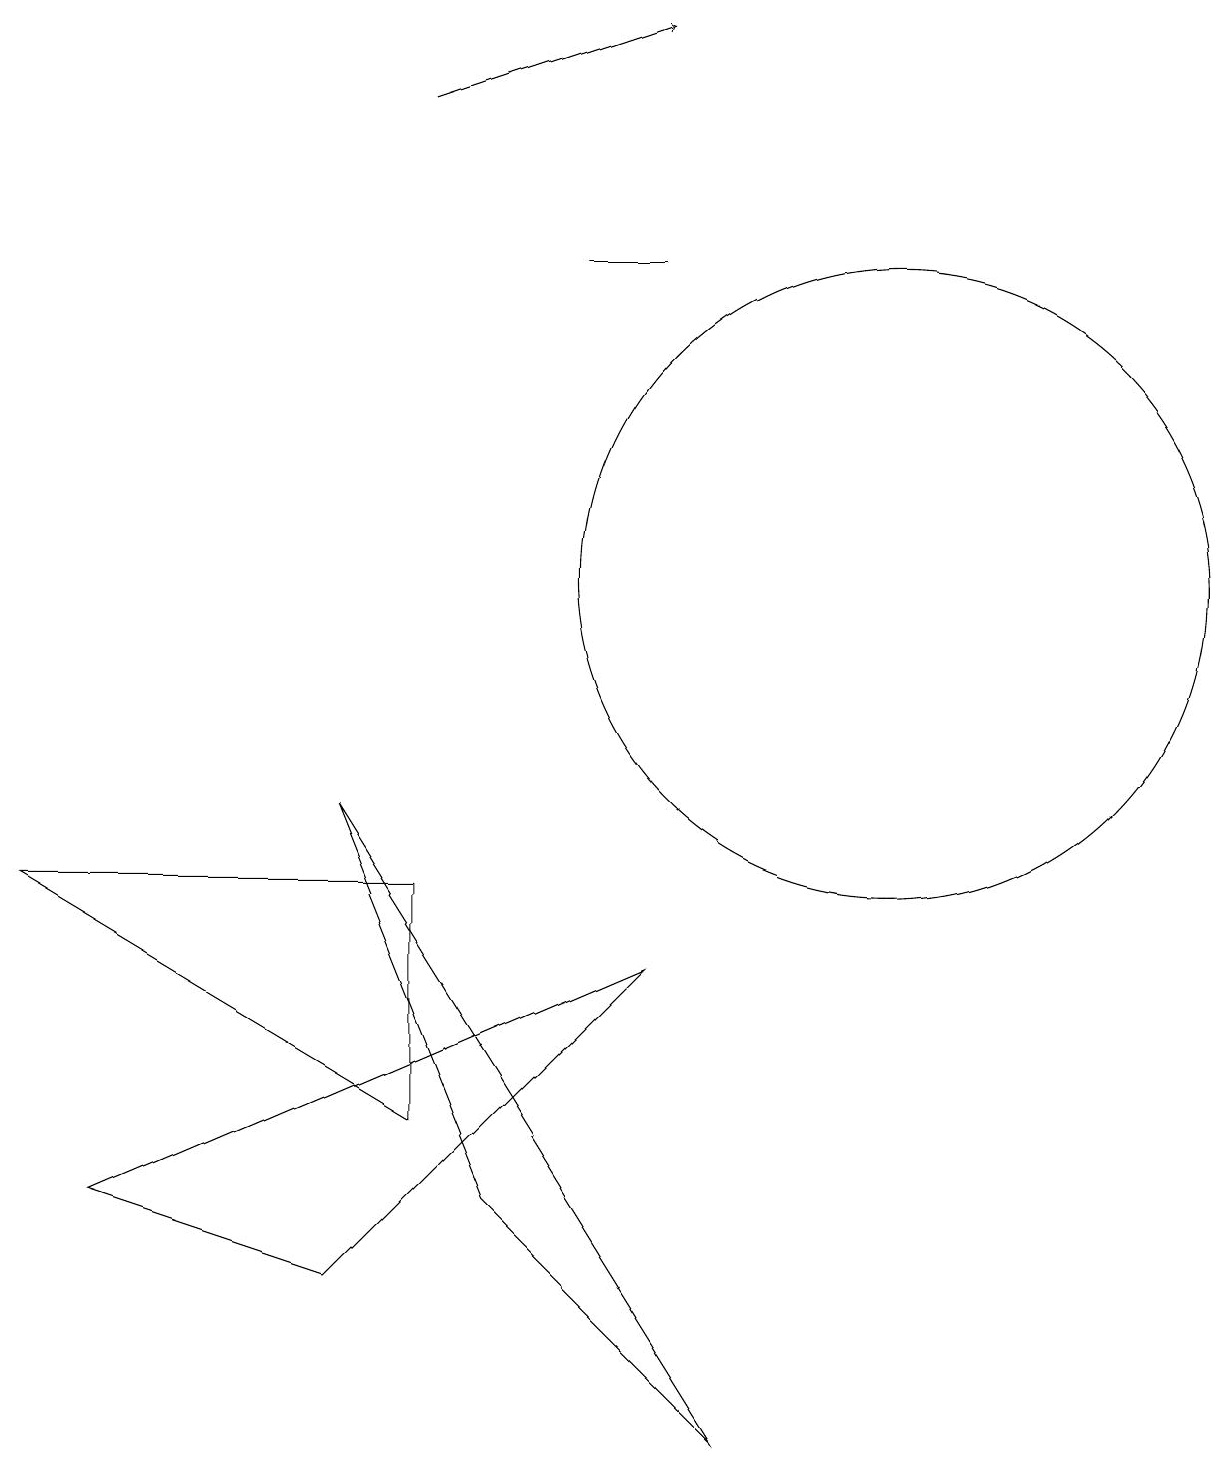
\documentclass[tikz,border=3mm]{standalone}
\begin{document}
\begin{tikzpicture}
\draw (9,1) -- (4,9) -- (6,4) -- cycle;
\draw (5,8) -- (5,5) -- (0,8) -- cycle;
\draw (1,4) -- (4,3) -- (8,7) -- cycle;
\draw (10,10) circle (0);
\draw (11,12) circle (4);
\draw (8,16) rectangle (7,16);
\draw[->] (5,18) -- (8,19);
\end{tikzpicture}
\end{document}